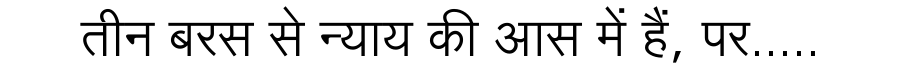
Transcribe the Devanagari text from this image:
तीन बरस से न्याय की आस में हैं, पर.....